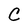
Character: C